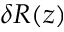
\delta R ( z )